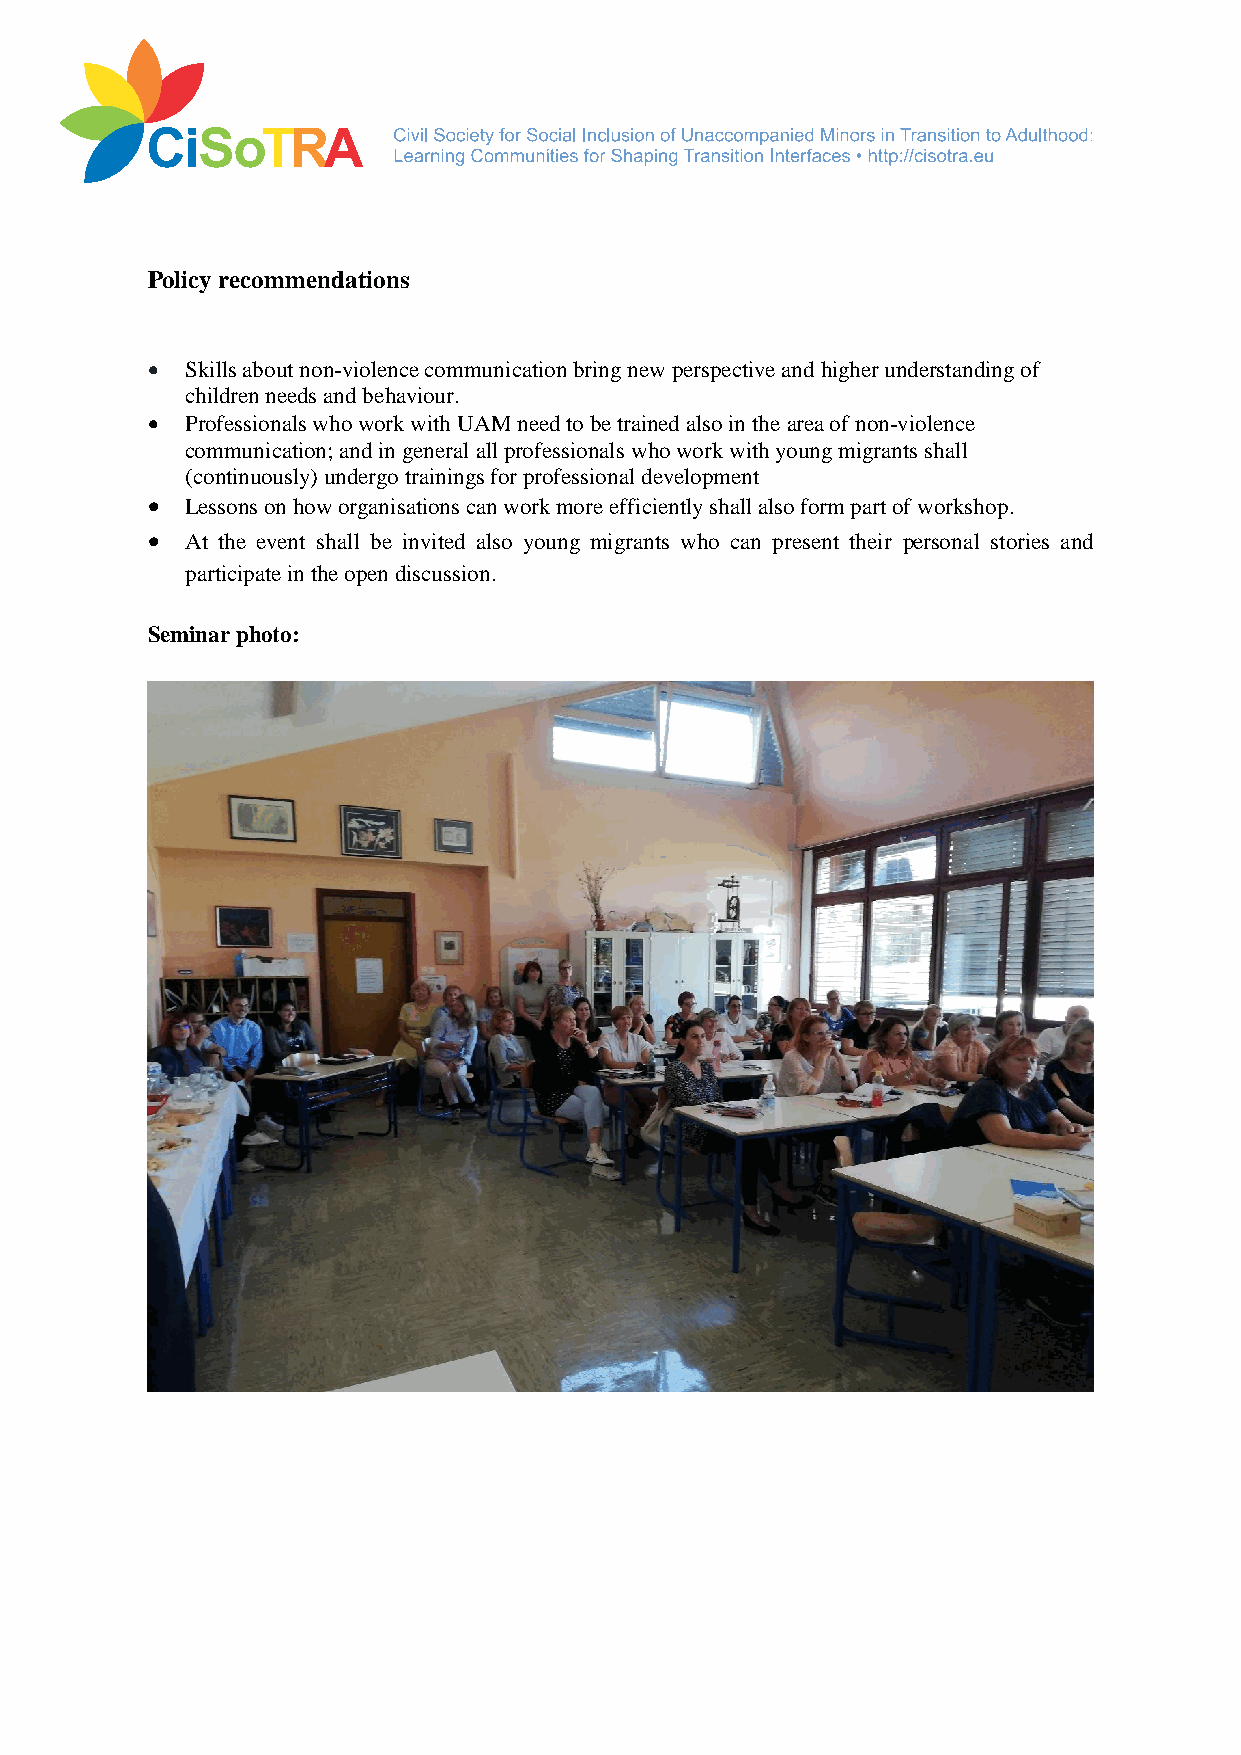
Policy recommendations
  Skills about non-violence communication bring new perspective and higher understanding of
 children needs and behaviour.
  Professionals who work with UAM need to be trained also in the area of non-violence
 communication; and in general all professionals who work with young migrants shall
 (continuously) undergo trainings for professional development
  Lessons on how organisations can work more efficiently shall also form part of workshop.
  At the event shall be invited also young migrants who can present their personal stories and
 participate in the open discussion.
 Seminar photo: